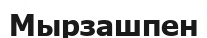
Мырзашпен